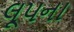
લૂપના